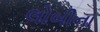
લોબીના